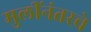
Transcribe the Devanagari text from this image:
मुलींनंतरचे